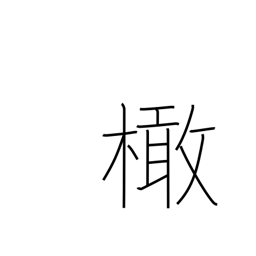
Meaning: olive